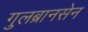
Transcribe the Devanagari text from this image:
गुलब्रानसेन